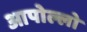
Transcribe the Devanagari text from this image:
आपोल्लो